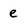
Character: e